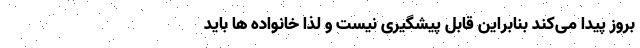
بروز پیدا می‌کند بنابراین قابل پیشگیری نیست و لذا خانواده ها باید